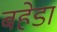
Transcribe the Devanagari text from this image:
बहेडा